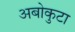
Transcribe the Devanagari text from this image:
अबोकुटा